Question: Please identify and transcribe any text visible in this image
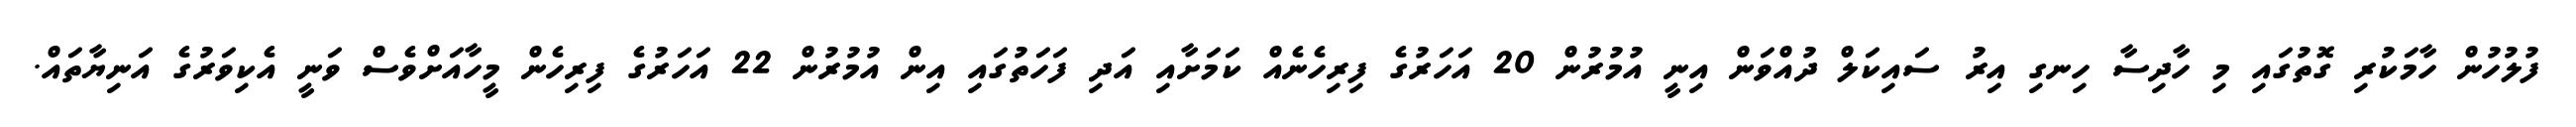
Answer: ފުލުހުން ހާމަކުރި ގޮތުގައި މި ހާދިސާ ހިނގި އިރު ސައިކަލް ދުއްވަން އިނީ އުމުރުން 20 އަހަރުގެ ފިރިހެނެއް ކަމަށާއި އަދި ފަހަތުގައި އިން އުމުރުން 22 އަހަރުގެ ފިރިހެން މީހާއަށްވެސް ވަނީ އެކިވަރުގެ އަނިޔާތައް.